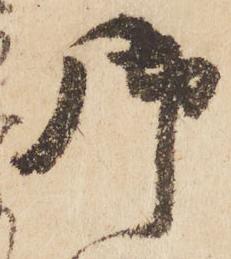
御